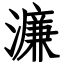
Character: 濂